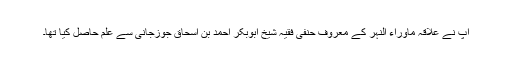
آپ نے علاقہ ماوراء النہر کے معروف حنفی فقیہ شیخ ابوبکر احمد بن اسحاق جوزجانی ؒسے علم حاصل کیا تھا۔